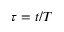
\tau = t / T